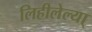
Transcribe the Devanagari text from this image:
लिहीलेल्या्